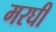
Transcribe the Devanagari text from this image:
मरघी